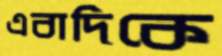
এবাদিকে